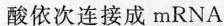
酸依次连接成mRNA